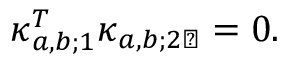
\boldsymbol { \kappa } _ { a , b ; 1 } ^ { T } \boldsymbol { \kappa } _ { a , b ; 2 \perp } = 0 .